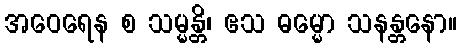
အဝေရေန စ သမ္မန္တိ၊ ဧသ ဓမ္မော သနန္တနော။